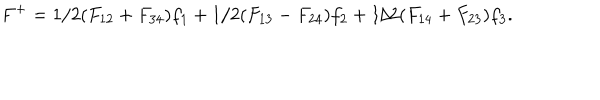
LaTeX: F ^ { + } = 1 / 2 ( F _ { 1 2 } + F _ { 3 4 } ) f _ { 1 } + 1 / 2 ( F _ { 1 3 } - F _ { 2 4 } ) f _ { 2 } + 1 / 2 ( F _ { 1 4 } + F _ { 2 3 } ) f _ { 3 } .